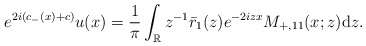
\begin{align*}e^{2i(c_-(x)+c)} u(x)=\frac{1}{\pi} \int_{\mathbb{R}} z^{-1}\bar{r}_1(z) e^{-2 i z x} M_{+,11}(x ;z) \mathrm{d}z.\end{align*}